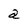
Character: a